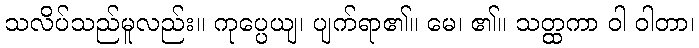
သလိပ်သည်မူလည်း။ ကုပ္ပေယျ၊ ပျက်ရာ၏။ မေ၊ ၏။ သတ္ထကာ ဝါ ဝါတာ၊